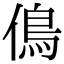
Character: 𠌵